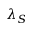
\lambda _ { S }